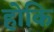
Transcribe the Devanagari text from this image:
होकि